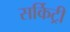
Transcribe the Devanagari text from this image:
सर्किट्री